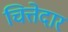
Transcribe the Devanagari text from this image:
चित्तेदार